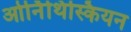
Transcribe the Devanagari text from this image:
ओर्निथिस्कियन